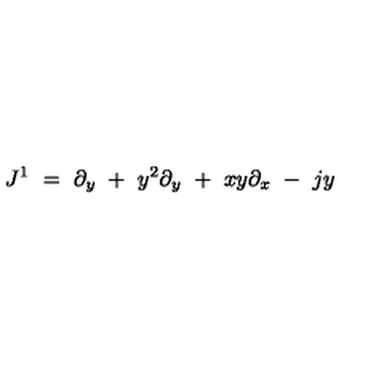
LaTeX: J ^ { 1 } \ = \ \partial _ { y } \ + \ y ^ { 2 } \partial _ { y } \ + \ x y \partial _ { x } \ - \ j y